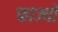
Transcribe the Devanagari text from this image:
फाज्यो